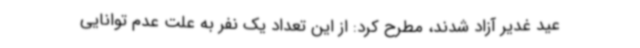
عید غدیر آزاد شدند، مطرح کرد: از این تعداد یک نفر به علت عدم توانایی